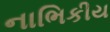
નાભિકીય